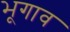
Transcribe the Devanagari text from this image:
भूगाव